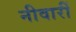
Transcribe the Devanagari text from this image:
नीवारीं